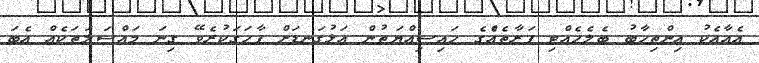
އެއާއެކު އިންތިހާބު ބެލެހެއްޓި ފަރާތެއްެގެ ހައިސިއްޔަތުން އަޅުގަނޑަށް ފާހަގަކުރެވޭ ގިނަ މައްސަލަތަކެއް އެބަ